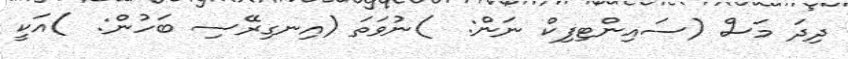
ދިދަ މަސް (ސައިންޓިފިކް ނަން:  )ނުވަތަ (އިނގިރޭސި ބަހުން:  )އަކީ